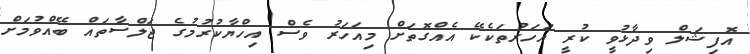
އޮފިޝަލް ވިދާޅުވީ ކުރީ އަހަރުތަކެކޭ އެއްގޮތަށް މިއަހަރު ވެސް އިހްޔާކުރުމުގެ ޖަލްސާތައް ބޭއްވުމަށް